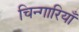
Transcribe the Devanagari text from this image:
चिन्गारियाँ